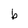
Character: b